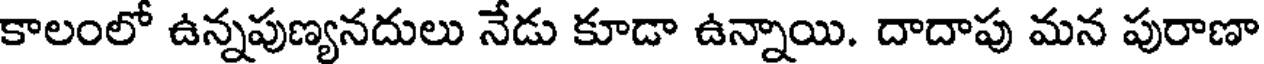
కాలంలో ఉన్నపుణ్యనదులు నేడు కూడా ఉన్నాయి. దాదాపు మన పురాణా